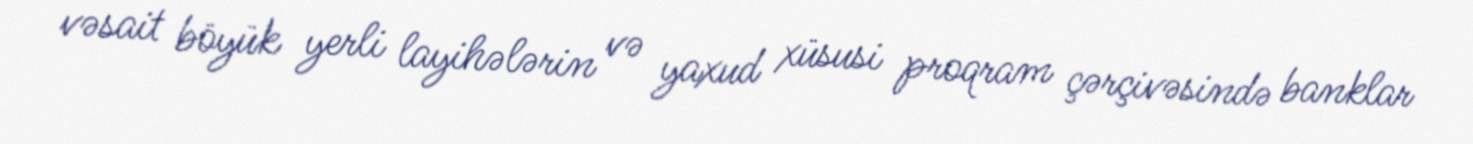
vəsait böyük yerli layihələrin və yaxud xüsusi proqram çərçivəsində banklar